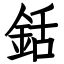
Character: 銛